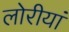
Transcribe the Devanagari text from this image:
लोरीयां